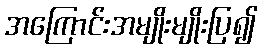
အကြောင်းအမျိုးမျိုးပြ၍